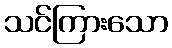
သင်ကြားသော